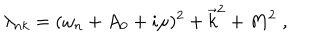
\lambda _ { n k } = ( \omega _ { n } + A _ { 0 } + i \mu ) ^ { 2 } + \vec { k } ^ { 2 } + M ^ { 2 } \; ,